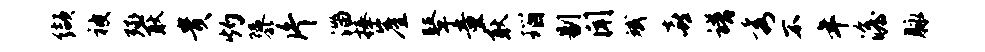
缬被殛耿贵灼隳片淄捧崖鼙童耿瑙剔闻斌喜谱秀不年澹脉